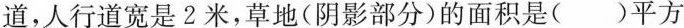
道，人行道宽是2米，草地（阴影部分）的面积是（）平方